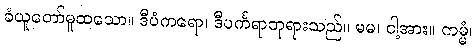
ခံယူတော်မူထသော။ ဒီပံကရော၊ ဒီပင်္ကရာဘုရားသည်။ မမ၊ ငါ့အား။ ကမ္မံ၊